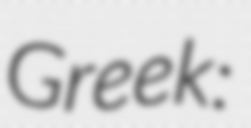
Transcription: Greek: